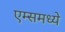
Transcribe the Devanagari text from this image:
एम्समध्ये